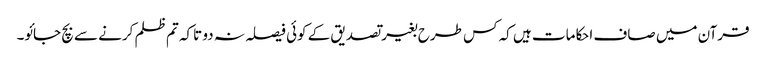
قرآن میں صاف احکامات ہیں کہ کس طرح بغیر تصدیق کے کوئی فیصلہ نہ دو تاکہ تم ظلم کرنے سے بچ جائو۔